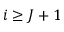
i \ge J + 1